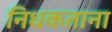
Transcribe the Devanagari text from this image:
निधकताना